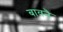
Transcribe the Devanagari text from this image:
बावनै